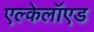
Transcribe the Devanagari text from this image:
एल्केलॉएड